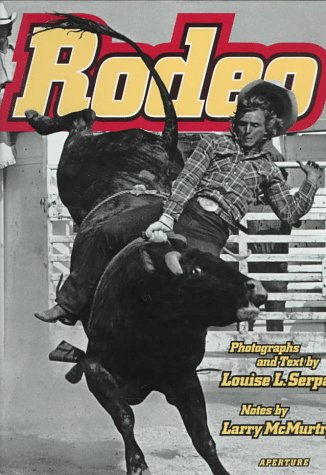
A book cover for Rodeo: No Guts No Glory; Louise L. Serpa; Sports & Outdoors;